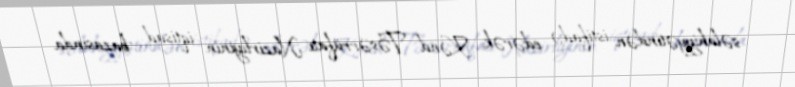
səlahiyyətindən istifadə edərək, Kənd Təsərrüfatı Nazirliyinin iqtisad bazasında